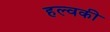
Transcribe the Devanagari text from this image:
हल्वकी